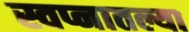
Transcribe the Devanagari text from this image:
स्वप्नातल्या